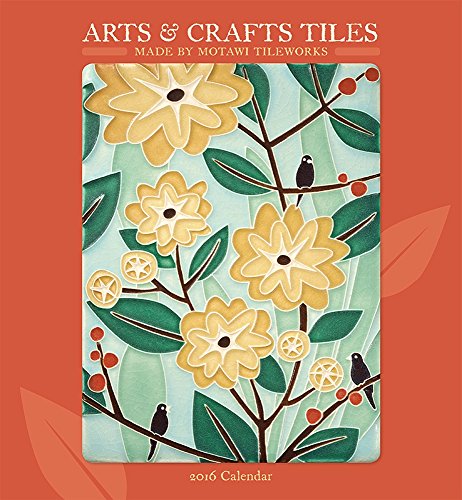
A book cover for Arts & Crafts Tiles 2016 Calendar; Calendars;